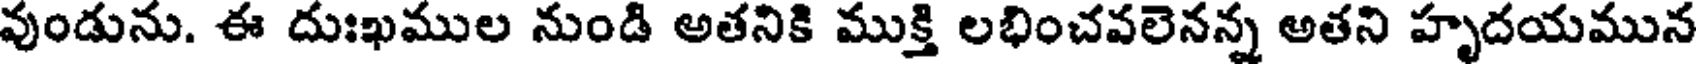
వుండును. ఈ దుఃఖముల నుండి అతనికి ముక్తి లభించవలెనన్న అతని హృదయమున